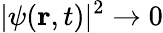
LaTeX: |\psi(\mathbf{r},t)|^{2}\to 0